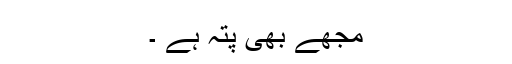
مجھے بھی پتہ ہے ۔